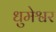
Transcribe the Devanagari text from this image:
धुमेश्वर